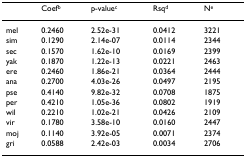
|  | Coefb | p-valuec | Rsqd | Ne |
 | --- | --- | --- | --- | --- |
 | mel | 0.2460 | 2.52e-31 | 0.0412 | 3221 |
 | sim | 0.1290 | 2.14e-07 | 0.0114 | 2344 |
 | sec | 0.1570 | 1.62e-10 | 0.0169 | 2399 |
 | yak | 0.1870 | 1.22e-13 | 0.0221 | 2463 |
 | ere | 0.2460 | 1.86e-21 | 0.0364 | 2444 |
 | ana | 0.2700 | 4.03e-26 | 0.0497 | 2195 |
 | pse | 0.4140 | 9.82e-32 | 0.0708 | 1875 |
 | per | 0.4210 | 1.05e-36 | 0.0802 | 1919 |
 | wil | 0.2210 | 1.02e-21 | 0.0426 | 2109 |
 | vir | 0.1780 | 3.58e-10 | 0.0160 | 2447 |
 | moj | 0.1140 | 3.92e-05 | 0.0071 | 2374 |
 | gri | 0.0588 | 2.42e-03 | 0.0034 | 2706 |